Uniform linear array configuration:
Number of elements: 48
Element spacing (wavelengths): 1
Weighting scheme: uniform
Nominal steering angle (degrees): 30
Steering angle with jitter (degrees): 30.329
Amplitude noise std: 0.05
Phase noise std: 0.05

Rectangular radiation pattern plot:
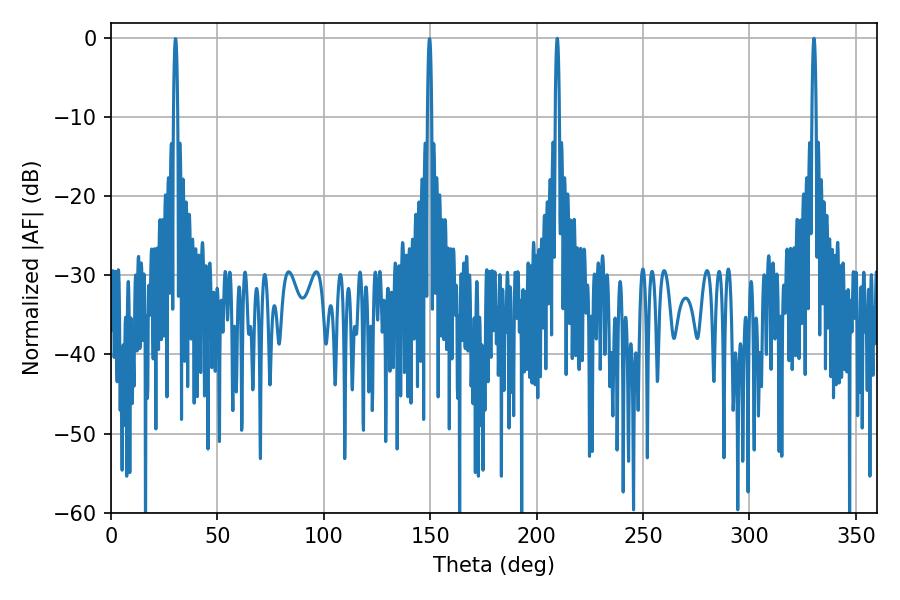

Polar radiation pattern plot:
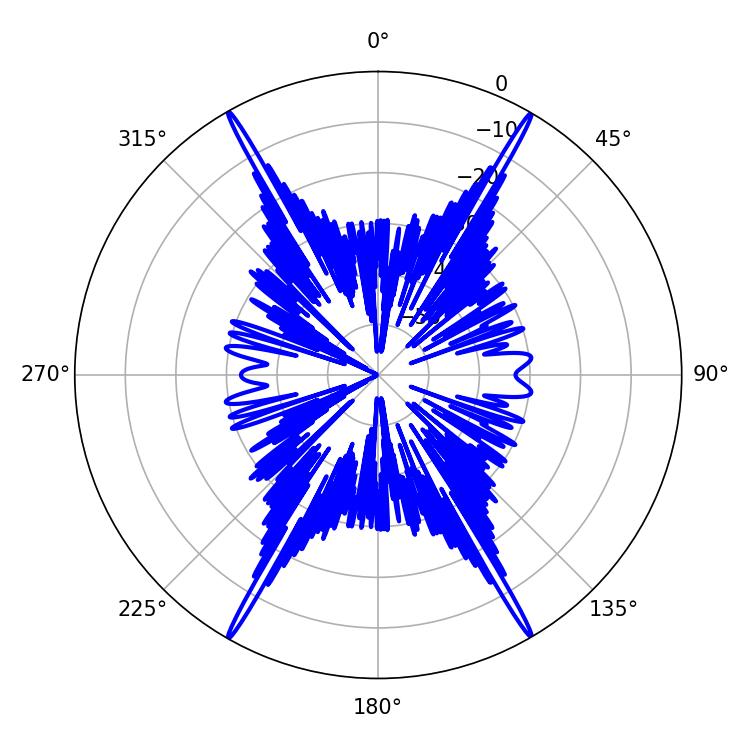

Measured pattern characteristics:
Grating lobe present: TRUE
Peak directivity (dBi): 34.693
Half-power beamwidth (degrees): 1.08
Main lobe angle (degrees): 209.7